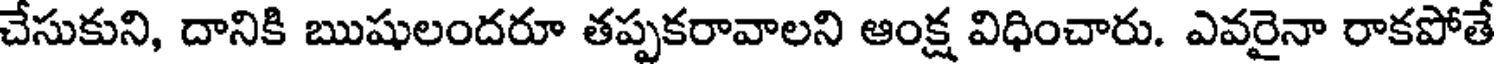
చేసుకుని, దానికి ఋషులందరూ తప్పకరావాలని ఆంక్ష విధించారు. ఎవరైనా రాకపోతే